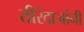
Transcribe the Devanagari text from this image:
तीरंदाजांनी